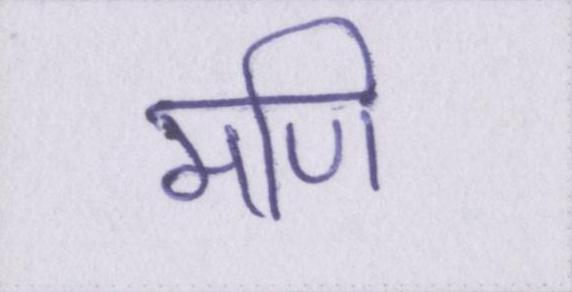
मणि